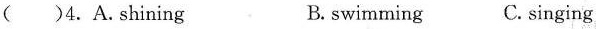
( )4.A.Shining B.swimming C. singing